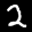
Label: 2